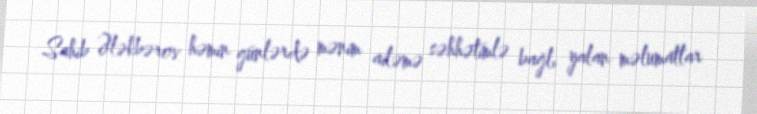
Sahib Ələkbərov həmin günlərdə mənim ailəmə səhhətimlə bağlı yalan məlumatlar